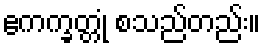
ဧကက္ခတ္တုံ စသည်တည်း။